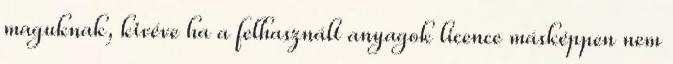
maguknak, kivéve ha a felhasznált anyagok licence másképpen nem